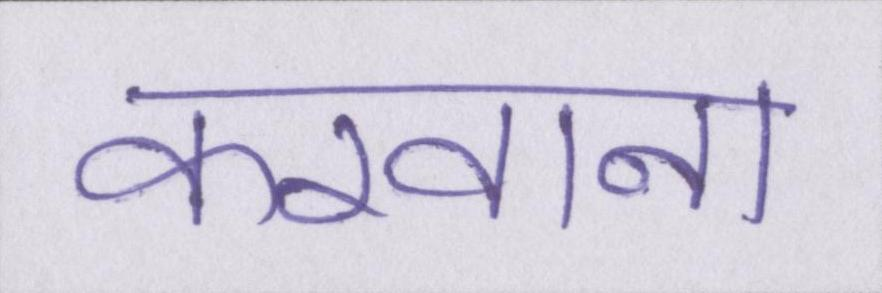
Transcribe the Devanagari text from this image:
करवाना